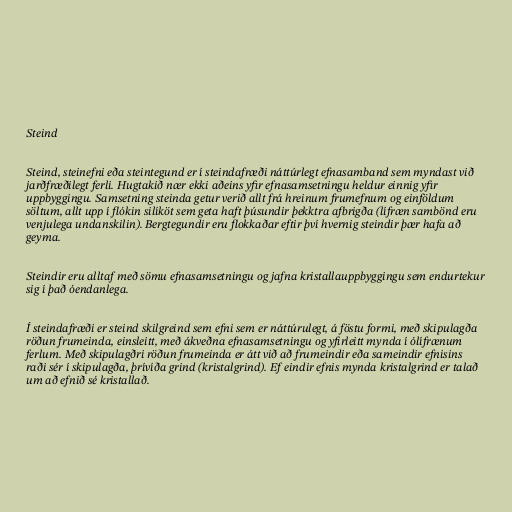
Steind

Steind, steinefni eða steintegund er í steindafræði náttúrlegt efnasamband sem myndast við
jarðfræðilegt ferli. Hugtakið nær ekki aðeins yfir efnasamsetningu heldur einnig yfir
uppbyggingu. Samsetning steinda getur verið allt frá hreinum frumefnum og einföldum
söltum, allt upp í flókin silíköt sem geta haft þúsundir þekktra afbrigða (lífræn sambönd eru
venjulega undanskilin). Bergtegundir eru flokkaðar eftir því hvernig steindir þær hafa að
geyma.

Steindir eru alltaf með sömu efnasamsetningu og jafna kristallauppbyggingu sem endurtekur
sig í það óendanlega.

Í steindafræði er steind skilgreind sem efni sem er náttúrulegt, á föstu formi, með skipulagða
röðun frumeinda, einsleitt, með ákveðna efnasamsetningu og yfirleitt mynda í ólífrænum
ferlum. Með skipulagðri röðun frumeinda er átt við að frumeindir eða sameindir efnisins
raði sér í skipulagða, þrívíða grind (kristalgrind). Ef eindir efnis mynda kristalgrind er talað
um að efnið sé kristallað.